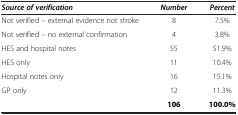
<table><thead><tr><td><b><i>Source of verification</i></b></td><td><b><i>Number</i></b></td><td><b><i>Percent</i></b></td></tr></thead><tbody><tr><td>Not verified – external evidence not stroke</td><td>8</td><td>7.5%</td></tr><tr><td>Not verified – no external confirmation</td><td>4</td><td>3.8%</td></tr><tr><td>HES and hospital notes</td><td>55</td><td>51.9%</td></tr><tr><td>HES only</td><td>11</td><td>10.4%</td></tr><tr><td>Hospital notes only</td><td>16</td><td>15.1%</td></tr><tr><td>GP only</td><td>12</td><td>11.3%</td></tr><tr><td>[EMPTY_CELL]</td><td><b>106</b></td><td><b>100.0%</b></td></tr></tbody></table>